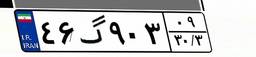
۸۵گ۲۱۹۵۸